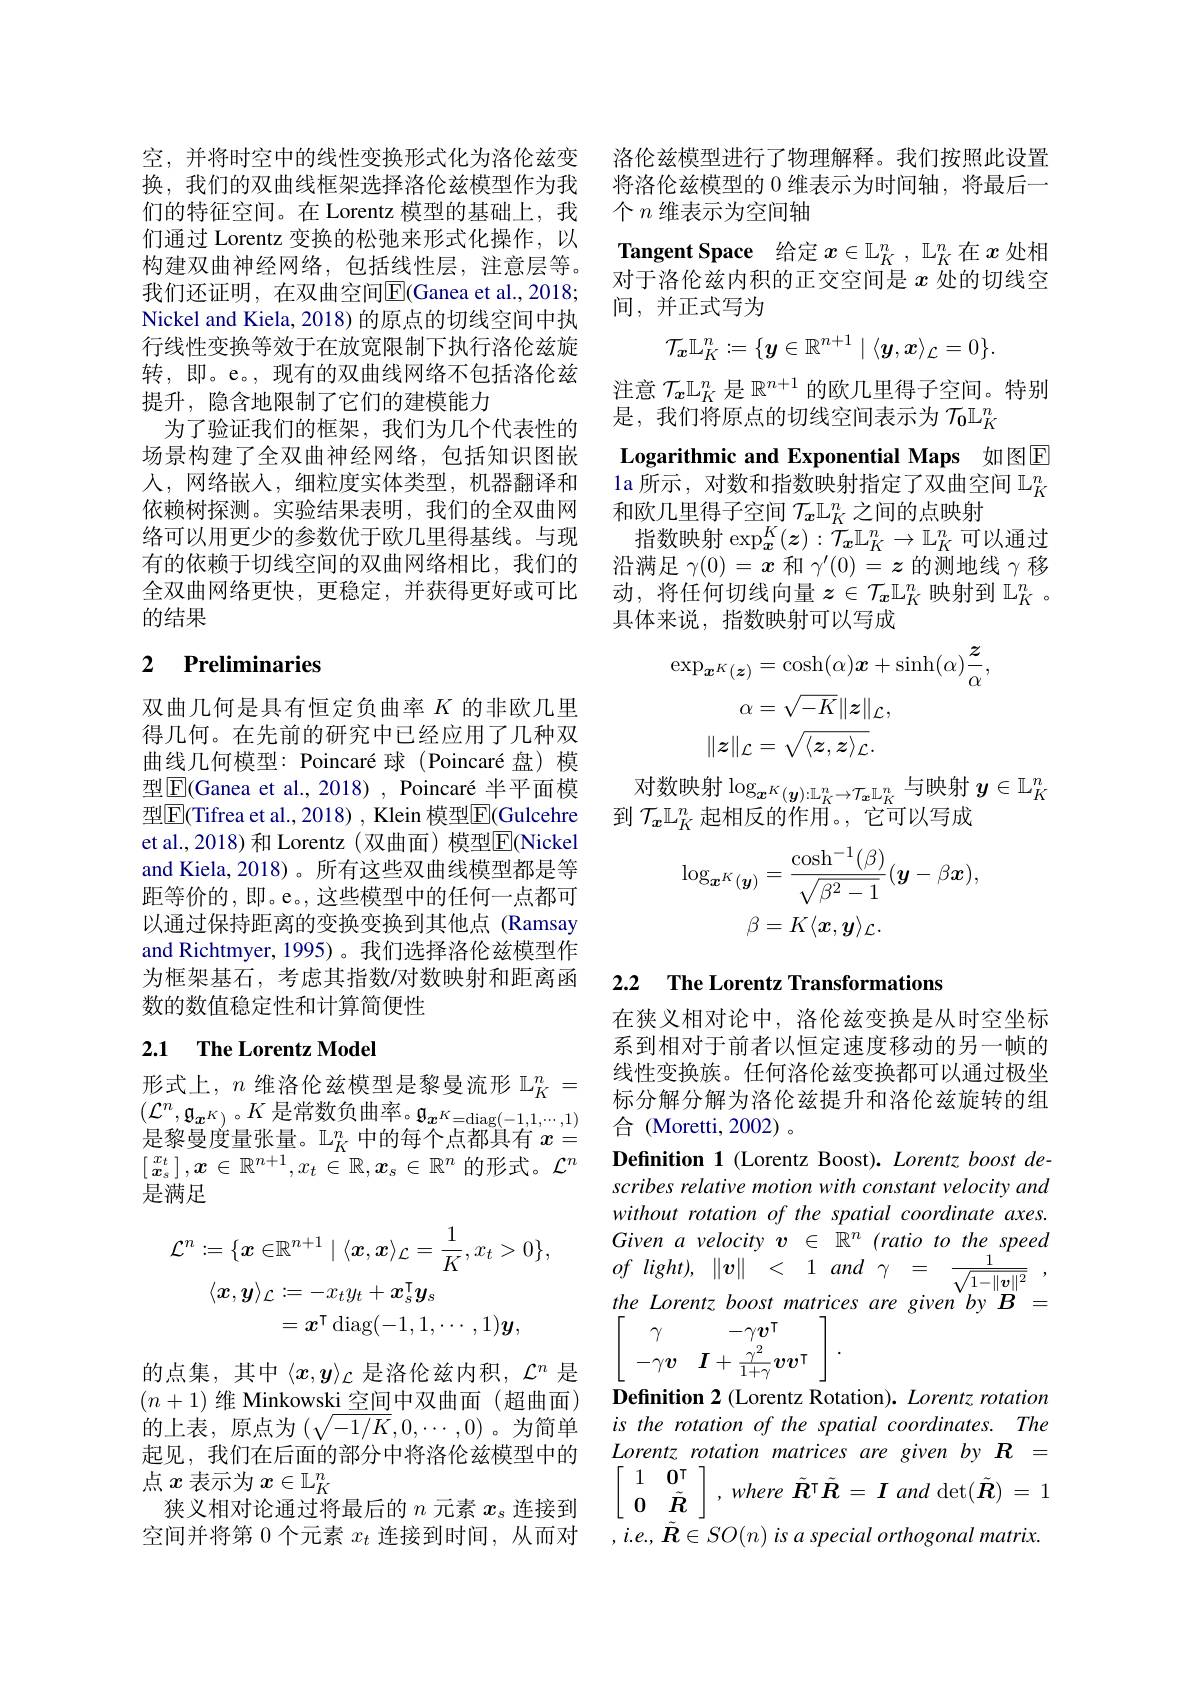
换，我们的双曲线框架选择洛伦兹模型作为我们的特征空间。在 Lorentz 模型的基础上，我们通过 Lorentz 变换的松弛来形式化操作，以构建双曲神经网络，包括线性层，注意层等。我们还证明，在双曲空间$\boxed{\mathrm{E}}($Ganea et al.,2018; Nickel and Kiela, 2018) 的原点的切线空间中执行线性变换等效于在放宽限制下执行洛伦兹旋转，即。e。,现有的双曲线网络不包括洛伦兹提升，隐含地限制了它们的建模能力
为了验证我们的框架，我们为几个代表性的场景构建了全双曲神经网络，包括知识图嵌人，网络嵌入，细粒度实体类型，机器翻译和依赖树探测。实验结果表明，我们的全双曲网络可以用更少的参数优于欧几里得基线。与现有的依赖于切线空间的双曲网络相比，我们的全双曲网络更快，更稳定，并获得更好或可比的结果

## 2 Preliminaries

双曲几何是具有恒定负曲率$K$的非欧几里得几何。在先前的研究中已经应用了几种双曲线几何模型：Poincaré 球(Poincaré 盘) 模型$\boxed{\mathrm{F}}($Ganea et al., 2018) , Poincaré 半平面模型$\boxed{\mathrm{F}}($Tifrea et al., 2018) , Klein 模型$\boxed{\mathrm{F}}($Gulcehre et al., 2018) 和 Lorentz ( 双曲面) 模型$\overline{\mathrm{E}}$(Nickel and Kiela, 2018)。所有这些双曲线模型都是等距等价的，即。e。,这些模型中的任何一点都可以通过保持距离的变换变换到其他点 (Ramsay and Richtmyer, 1995)。我们选择洛伦兹模型作为框架基石，考虑其指数/对数映射和距离函数的数值稳定性和计算简便性

### 2.1 $\textbf{The Lorentz Model}$ 形式上，$n$ 维洛伦兹模型是黎曼流形 $\mathbb{L} _K^n=$ 线性变换族。任何洛伦兹变换都可以通过极坐$(C^na_{n-1})^{K\text{日治数角曲密}}$

$(\mathcal{L}^n,\mathfrak{g}_{\boldsymbol{x}^K)}$。$K$是常数负曲率。$\mathfrak g_\boldsymbol{x}^K=\operatorname{diag}(-1,1,\cdots,1)$ $( - , 9x^{n}) ^{\circ 11}$ 定 们 如 只 因 中 。$9x^{n}=$diag$( - 1, 1, \cdots , 1)$ 是 黎 曼 度 量 张 量 。$\mathbb{L} _K^n$ 中 的 每 个 点 都 具 有 $x=$ $[\begin{smallmatrix}x_t\\\boldsymbol{x}_s\end{smallmatrix}],\boldsymbol{x}\in\mathbb{R}^{n+1},x_t\in\mathbb{R},x_s\in\mathbb{R}^n$的形式。$\mathcal{L}^n$ 是满足
$$\begin{aligned}\mathcal{L}^{n}&:=\{\boldsymbol{x}\in\mathbb{R}^{n+1}\mid\langle\boldsymbol{x},\boldsymbol{x}\rangle_{\mathcal{L}}=\frac{1}{K},x_{t}>0\},\\\langle\boldsymbol{x},\boldsymbol{y}\rangle_{\mathcal{L}}&:=-x_{t}y_{t}+\boldsymbol{x}_{s}^{\intercal}\boldsymbol{y}_{s}\\&=\boldsymbol{x}^{\intercal}\:\mathrm{diag}(-1,1,\cdots,1)\boldsymbol{y},\end{aligned}$$
的点集，其中$\langle x,y\rangle_\mathcal{L}$是洛伦兹内积，$\mathcal{L}^n$是

$(n+1)$维 Minkowski 空间中双曲面(超曲面) 的上表，原点为$\left(\sqrt{-1/K},0,\cdots,0\right)$。为简单起见，我们在后面的部分中将洛伦兹模型中的点$x$表示为$x\in\mathbb{L}_K^n$
狭义相对论通过将最后的$n$元素$x_s$连接到空间并将第 0 个元素$x_t$连接到时间，从而对

空，并将时空中的线性变换形式化为洛伦兹变 洛伦兹模型进行了物理解释。我们按照此设置
将洛伦兹模型的 0 维表示为时间轴，将最后一
个$n$维表示为空间轴
Tangent Space 给定$x\in\mathbb{L}_K^n,\mathbb{L}_K^n$在$x$处相对于洛伦兹内积的正交空间是$x$处的切线空间，并正式写为
$$\mathcal{T}_{\boldsymbol{x}}\mathbb{L}_{K}^{\:n}:=\{\boldsymbol{y}\in\mathbb{R}^{n+1}\mid\langle\boldsymbol{y},\boldsymbol{x}\rangle_{\mathcal{L}}=0\}.$$
Logarithmic and Exponential Maps 如图E $\tilde{\text{la 所示，对数和指数映射指定了双曲空间}}\mathbb{L}_K^n$

注意$\mathcal{T}_{\boldsymbol{x}}\mathbb{L}_K^n$是$\mathbb{R}^n+1$的欧几里得子空间。特别
是，我们将原点的切线空间表示为$\mathcal{T}_\mathbf{0}\mathbb{L}_K^n$ 和欧几里得子空间$\mathcal{T}_{\boldsymbol{x}}\mathbb{L}_K^n$之间的点映射
指数映射$\exp_{\boldsymbol{x}}^K(\boldsymbol{z}):\overline{\mathcal{T}}_{\boldsymbol{x}}\mathbb{L}_{K}^n\to\mathbb{L}_{K}^n$可以通过沿满足$\gamma(0)=\boldsymbol{x}$和$\gamma^\prime(0)=z$的测地线$\gamma$移动，将任何切线向量$z\in\mathcal{T}_x\mathbb{L}_K^n$映射到 $\mathbb{L}_K^n$。具体来说，指数映射可以写成
$$\begin{aligned}\exp_{\boldsymbol{x}^{K}(\boldsymbol{z})}&=\cosh(\alpha)\boldsymbol{x}+\sinh(\alpha)\frac{\boldsymbol{z}}{\alpha},\\\alpha&=\sqrt{-K}\|z\|_{\mathcal{L}},\\\|z\|_{\mathcal{L}}&=\sqrt{\langle z,z\rangle_{\mathcal{L}}}.\end{aligned}$$
对 数 映 射 $\log _{\boldsymbol{x}^K( \boldsymbol{y}) : \mathbb{L} _K^n\to \mathcal{T} _{\boldsymbol{x}\mathbb{L} _K^n}}$与 映 射 $y\in \mathbb{L} _K^n$ 时 数 映 射 $\log _{\boldsymbol{x}^K( \boldsymbol{y}) : \mathbb{L} _K^n\to \mathcal{T} _{\boldsymbol{x}\mathbb{L} _K^n}}$与 映 射 $y\in \mathbb{L} _K^n$
到$\mathcal{T}_x\mathbb{L}_K^n$起相反的作用。, 它可以写成
$$\log_{\boldsymbol{x}^{K}(\boldsymbol{y})}=\frac{\cosh^{-1}(\beta)}{\sqrt{\beta^{2}-1}}(\boldsymbol{y}-\beta\boldsymbol{x}),\\\beta=K\langle\boldsymbol{x},\boldsymbol{y}\rangle_{\mathcal{L}}.$$
## 2.2 The Lorentz Transformations

在狭义相对论中，洛伦兹变换是从时空坐标系到相对于前者以恒定速度移动的另一帧的合 (Moretti,2002)。
Definition 1 (Lorentz Boost). Lorentz boost describes relative motion with constant velocity and without rotation of the spatial coordinate axes. $Givenavelocityv\in\mathbb{R}^n$ (ratio to the speed the Lorentz boost matrices are given by B =
$$\left.\left[\begin{array}{cc}\gamma&-\gamma\boldsymbol{v}^\intercal\\-\gamma\boldsymbol{v}&\boldsymbol{I}+\frac{\gamma^2}{1+\gamma}\boldsymbol{v}\boldsymbol{v}^\intercal\end{array}\right.\right].$$
Definition 2 (Lorentz Rotation). Lorentz rotation is the rotation of the spatial coordinates. The Lorentz rotation matrices are given by R = $\begin{bmatrix} 1& \mathbf{0} ^\mathrm{T} \\ \mathbf{0} & \tilde{\boldsymbol{R}} \end{bmatrix} , where$ $\tilde{\boldsymbol{R}} ^\mathrm{T} \tilde{\boldsymbol{R}} = \boldsymbol{I}$ and det$(\tilde{\boldsymbol{R}})=$ $,i.e.,\tilde{\boldsymbol{R}}\in SO(n)$ is a special orthogonal matrix